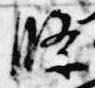
条